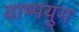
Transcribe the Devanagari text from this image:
वाष्पयुग